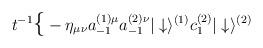
LaTeX: \begin{align*}t^{-1}\mbox{\Large{\{}}-\eta_{\mu\nu}a_{-1}^{(1)\mu}a_{-1}^{(2)\nu}|\downarrow\rangle^{(1)}c_1^{(2)}|\downarrow\rangle^{(2)}\end{align*}